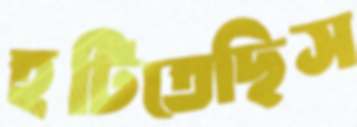
হটিতেছিস